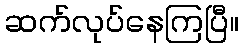
ဆက်လုပ်နေကြပြီ။